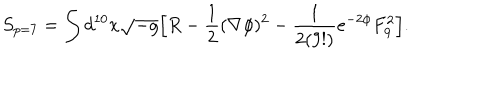
S _ { p = 7 } = \int d ^ { 1 0 } x \sqrt { - g } \Big [ R - { \frac { 1 } { 2 } } ( \nabla \phi ) ^ { 2 } - { \frac { 1 } { 2 ( 9 ! ) } } e ^ { - 2 \phi } F _ { 9 } ^ { 2 } \Big ] .